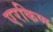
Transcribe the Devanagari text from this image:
एरकिण